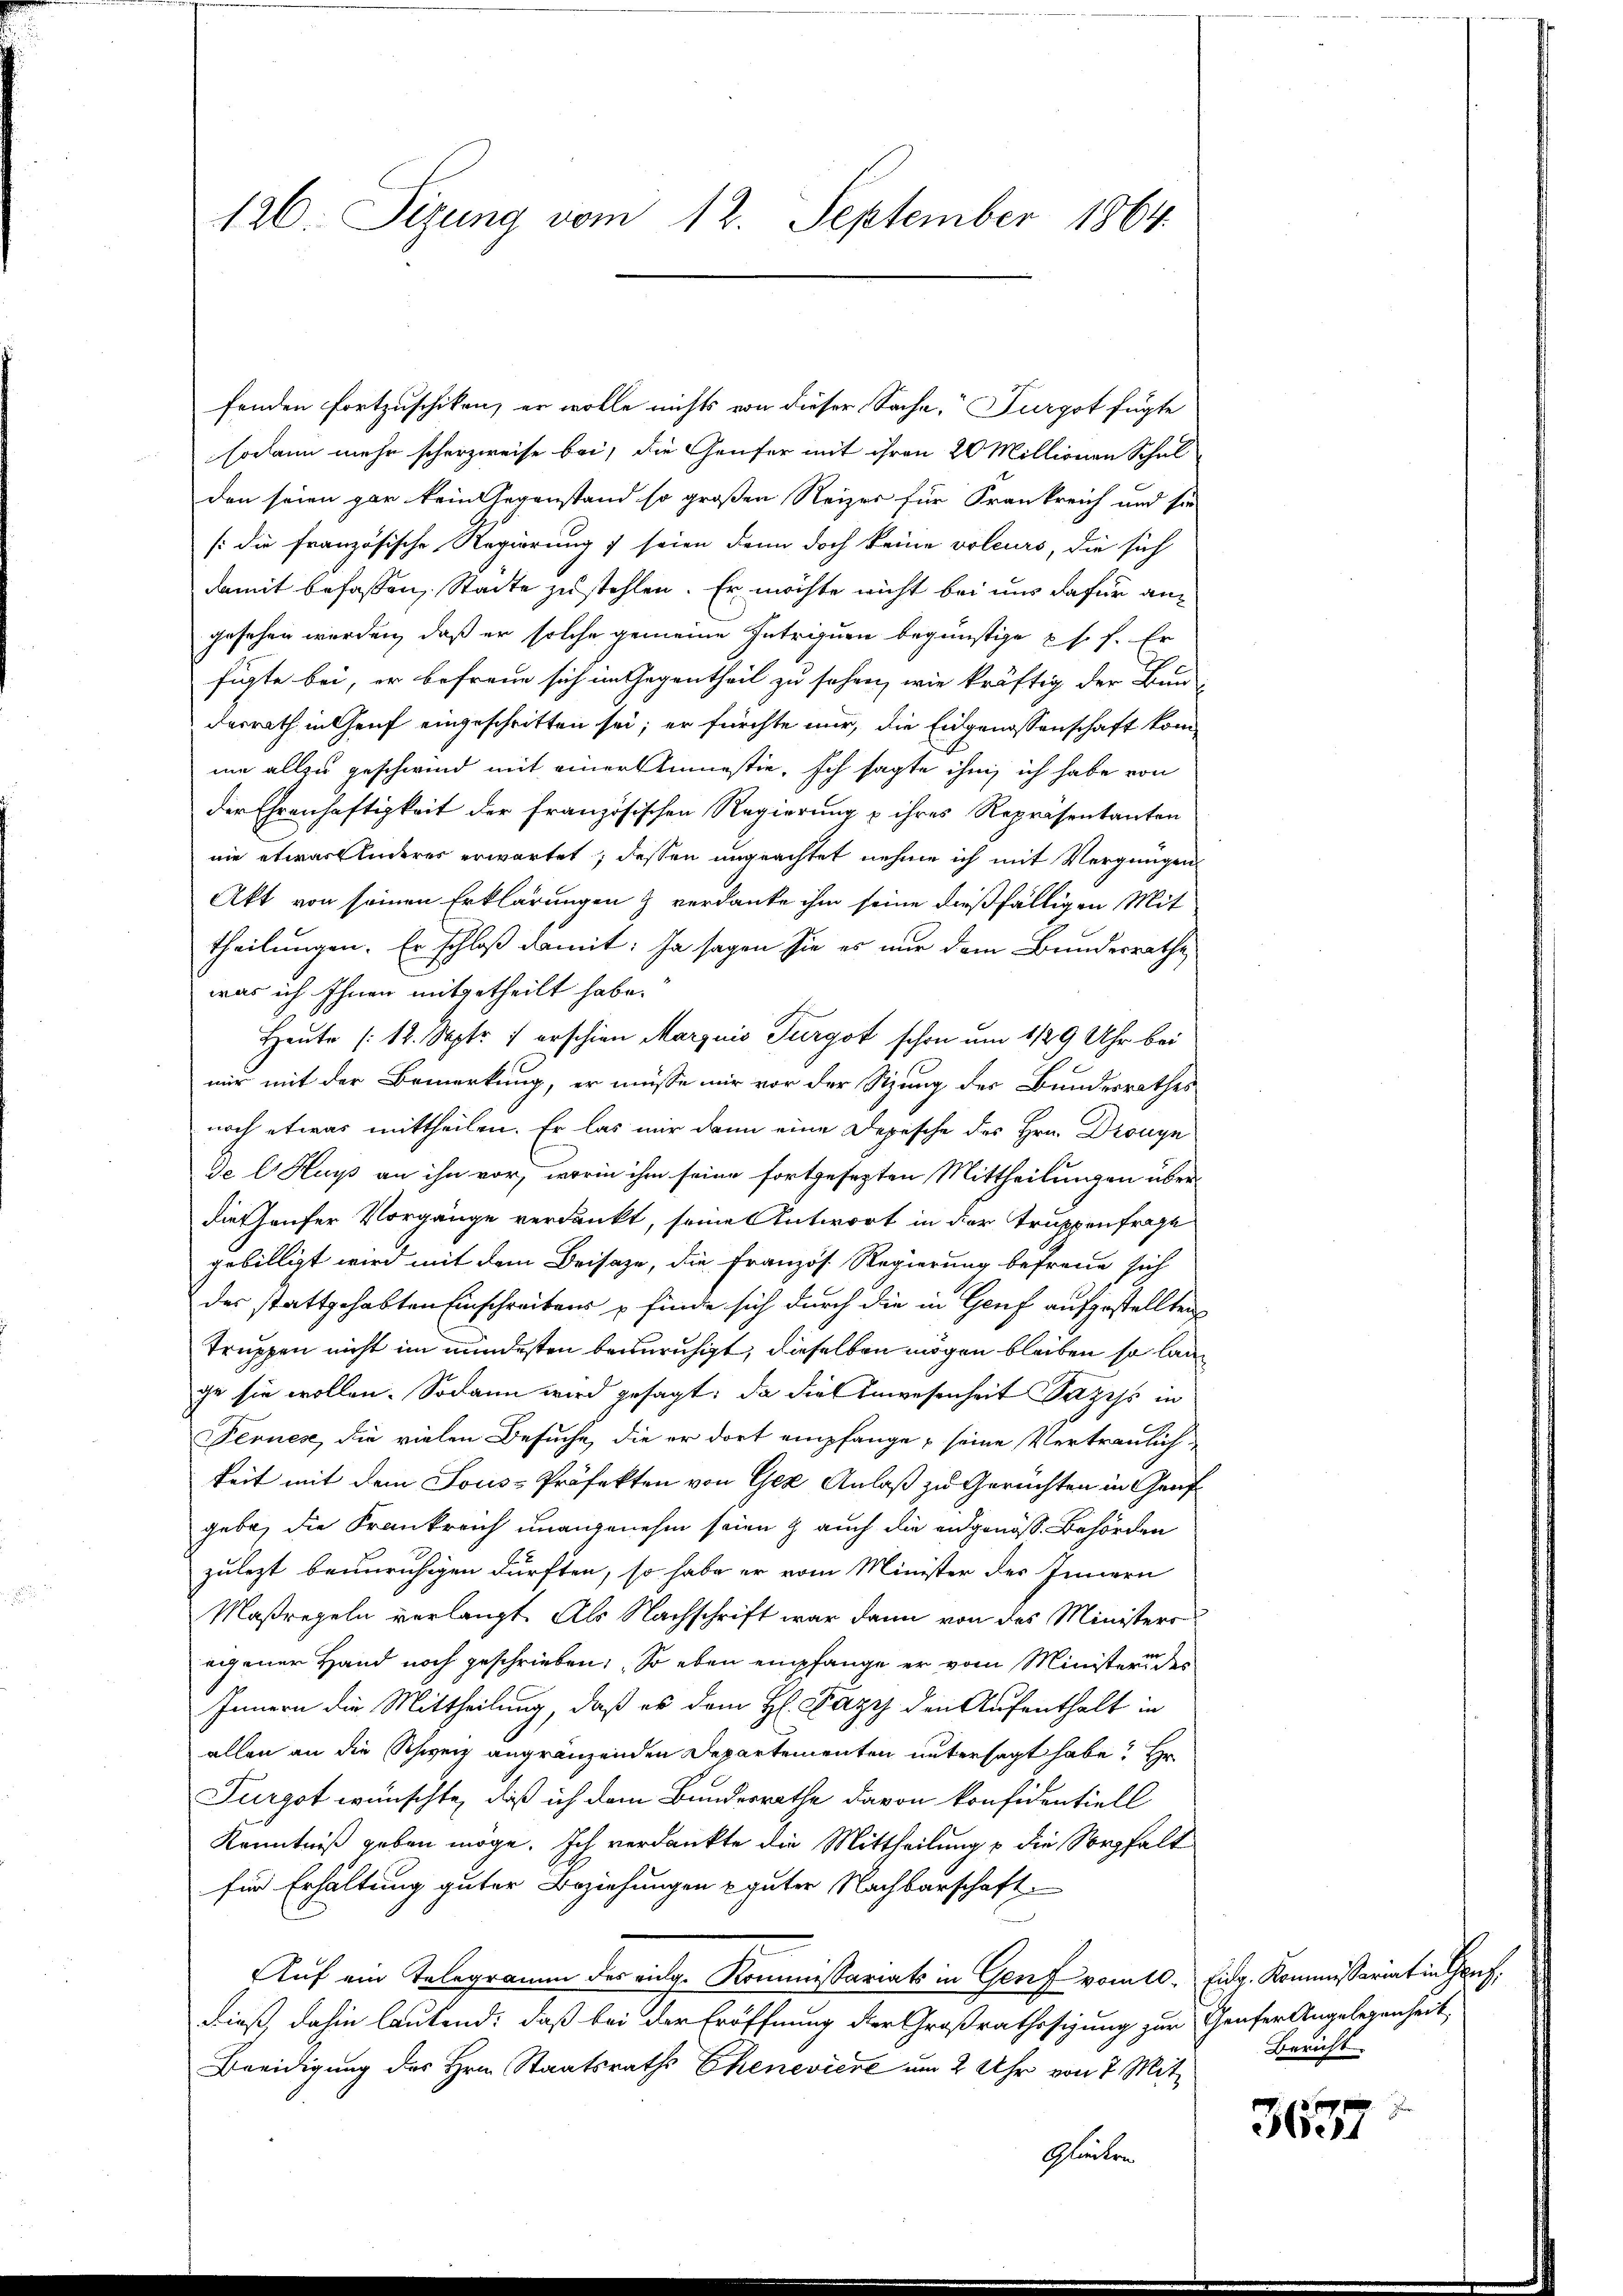
126. Sizung vom 12. September 1864.

fenden Fortzuschiken, er wolle nichts von dieser Sache, Furgot fügte
sodann mehr scherzweise bei, die Genfer mit ihren 20 Millionen Schul
den seien gar kein Gegenstand so großen Reizer für Frankreich und sie
[die französische Regierung 7 seien dann doch keine voleurs, die sich
damit befassen, Städte zu stehlen. Er möchte nicht bei uns dafür angesehen werden, daß er solche gemeine Intriguen begünstige u. s. f. Er
figte bei, er befreue sich im Gegentheil zu sehen, wie kräftig der Bun-
desrath in Genf eingeschritten sei; er fürchte mir, die Eidgenossenschaft komme allzu geschwind mit einer Amnestie, Ich sagte ihm ich habe von
der Ehrenhaftigkeit der französischen Regierung u ihres Repräsentanten
nie etwas luderes erwartet; dessen ungeachtet nehme ich mit Vergnügen
Akt von seinen Erklärungen & verdanke ihm seine dießfälligen Mit
theilungen. Er schloß damit: Ja sagen sie es nur dem Bundesrathe
was ich Ihnen mitgetheilt habe.
Heute (12. Sept. 1 erschien Marquis Turgot schon um 1129 Uhr bei
mir mit der Bemerkung, er müsse mir vor der Sitzung des Bundesrathes
noch etwas mittheilen. Er las mir dann eine Depische des Hrn. Dronyn
de E. Hups an ihn vor, worin ihm seine fortgesezten Mittheilungen über
die Hauser Vorgänge verdankt, seine Antwort in der Truppenfrage
gebilligt wird mit dem Beisaze, die Französ. Regierung befreue sich
des stattgehabten Einschreibens p finde sich durch die in Genf aufgestellten
Truppen nicht im mindesten beunruhigt, dieselben mögen bleiben so lange sie wollen. Sodann wird gesagt: da die Anwesenheit Pazis in
Fernes, die vielen Besuche, die er dort empfange, seine Vertraulichkeit mit dem Sous-Präfekten von Gez Anlaß zu Gerüchten in Genf
gebe, die Frankreich unangenehm seien & auch die eidgenöß. Behörden
zulezt beunruhigen dürften, so habe er vom Minister des Innern
Maßregeln verlangt. Als Nachschrift war dann von des Ministers
eigener Hand noch geschrieben; So eben empfange er vom Minister in des
Innern die Mittheilung, daß es dem H. Fazy den Aufenthalt in
allen an die Schweiz angränzenden Departementen untersagt habe, Hr.
Purgst wünschte, daß ich dem Bundesrathe davon konfidentiell
Kenntniß geben möge. Ich verdankte die Mittheilung u die Sorgfalt
für Erhaltung guter Beziehungen guter Nachbarschaft.
Auf ein Telegramm der eidg. Kommissariats in Genf vom 10. Eidg. Kommissariat in Graf,
dieß, dahin lautend: daß bei der Eröffnung der Großrathesizung zur Genfer Angelegenheit
Beeidigung des Hrn. Staatsraths Chenevière um 2 Uhr von 7 Mit¬
Glicken

Bericht

r
3637